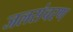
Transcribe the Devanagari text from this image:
जलसंचरण